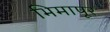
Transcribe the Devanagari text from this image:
भिमापूर